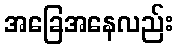
အခြေအနေလည်း